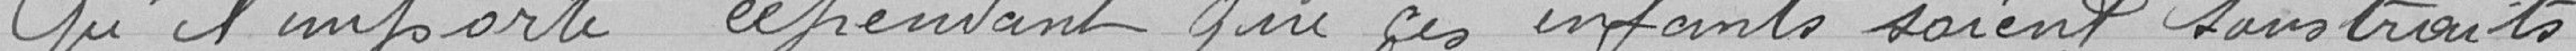
Qu'il importe cependant que ces enfants soient soustraits